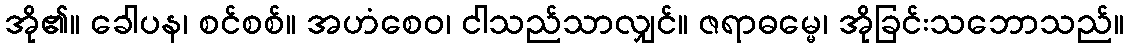
အို၏။ ခေါပန၊ စင်စစ်။ အဟံစေဝ၊ ငါသည်သာလျှင်။ ဇရာဓမ္မေ၊ အိုခြင်းသဘောသည်။